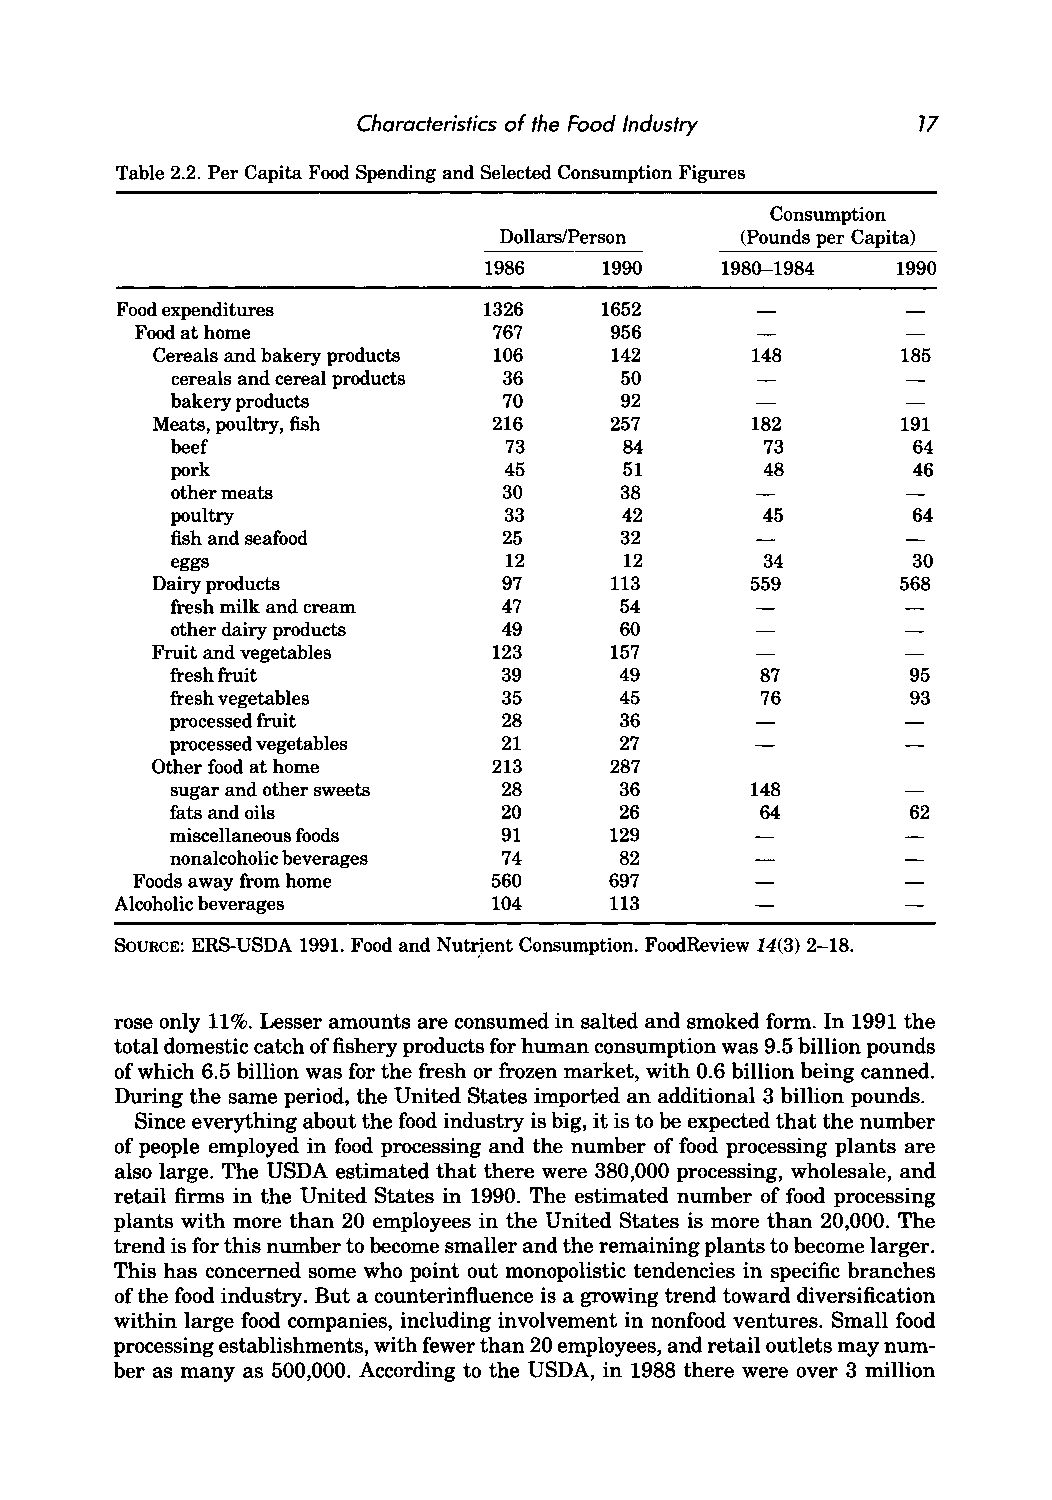
Characteristics of the Food Industry 17
 Table 2.2. Per Capita Food Spending and Selected Consumption Figures
 Consumption
 Dollars/Person  (Pounds per Capita)
 1986    1990    1980--1984 1990
 Food expenditures       1326    1652
 Food at home            767    956
 Cereals and bakery products 106 142     148       185
 cereals and cereal products 36 50
 bakery products       70      92
 Meats, poultry, fish   216    257       182       191
 beef                  73      84        73       64
 pork                  45      51        48       46
 other meats           30      38
 poultry               33      42        45       64
 fish and seafood      25      32
 eggs                  12      12       34        30
 Dairy products         97     113       559       568
 fresh milk and cream  47      54
 other dairy products  49      60
 Fruit and vegetables   123    157
 fresh fruit           39      49       87        95
 fresh vegetables      35      45       76        93
 processed fruit       28      36
 processed vegetables  21      27
 Other food at home     213    287
 sugar and other sweets 28     36       148
 fats and oils         20      26       64        62
 miscellaneous foods   91     129
 nonalcoholic beverages 74     82
 Foods away from home    560    697
 Alcoholic beverages      104    113
 SoURCE: ERS-USDA 1991. Food and Nutrient Consumption. FoodReview 14(3) 2-18.
 rose only 11%. Lesser amounts are consumed in salted and smoked form. In 1991 the
 total domestic catch of fishery products for human consumption was 9.5 billion pounds
 of which 6.5 billion was for the fresh or frozen market, with 0.6 billion being canned.
 During the same period, the United States imported an additional 3 billion pounds.
 Since everything about the food industry is big, it is to be expected that the number
 of people employed in food processing and the number of food processing plants are
 also large. The USDA estimated that there were 380,000 processing, wholesale, and
 retail firms in the United States in 1990. The estimated number of food processing
 plants with more than 20 employees in the United States is more than 20,000. The
 trend is for this number to become smaller and the remaining plants to become larger.
 This has concerned some who point out monopolistic tendencies in specific branches
 of the food industry. But a counterinfluence is a growing trend toward diversification
 within large food companies, including involvement in nonfood ventures. Small food
 processing establishments, with fewer than 20 employees, and retail outlets may num
 ber as many as 500,000. According to the USDA, in 1988 there were over 3 million